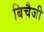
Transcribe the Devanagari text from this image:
बिचैजी